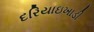
દરિયાઇખાડી